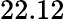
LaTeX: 22.12